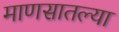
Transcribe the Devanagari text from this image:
माणसातल्या